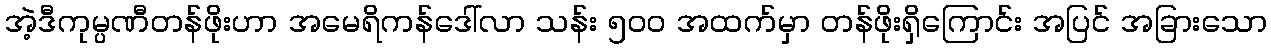
အဲ့ဒီကုမ္ပဏီတန်ဖိုးဟာ အမေရိကန်ဒေါ်လာ သန်း ၅၀၀ အထက်မှာ တန်ဖိုးရှိကြောင်း အပြင် အခြားသော